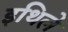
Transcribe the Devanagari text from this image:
इथिले